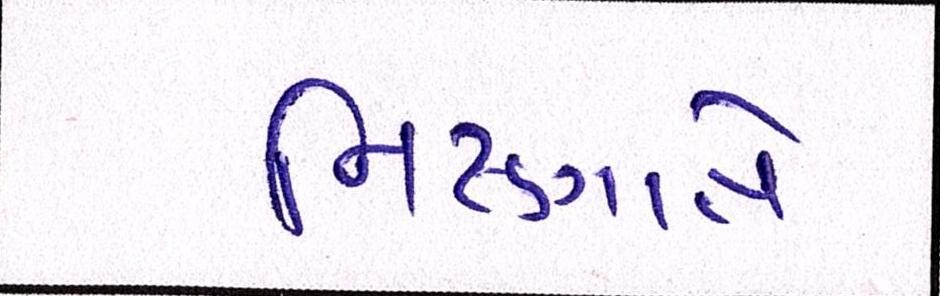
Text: નિષ્ણાતે